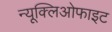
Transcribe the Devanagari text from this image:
न्यूक्लिओफाइट